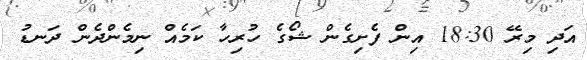
އަދި މިރޭ 18:30 އިން ފެށިގެން ޝޯގެ ހުރިހާ ކަމެއް ނިމެންދެން ދަނޑު